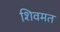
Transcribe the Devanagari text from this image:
शिवमत